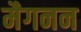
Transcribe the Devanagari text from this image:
मैगनन